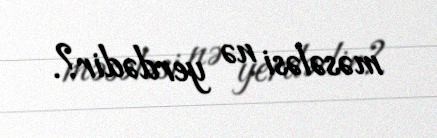
məsələsi nə yerdədir?.